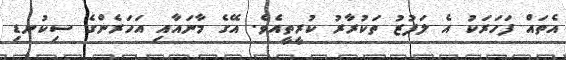
އެތައް ފަހަރަކު އެ ލަފުޒު ތަކުރާރު ކުރީތީއެވެ. އޭގެ މާނައާއި އަހަރެންގެ ސިކުނޑި